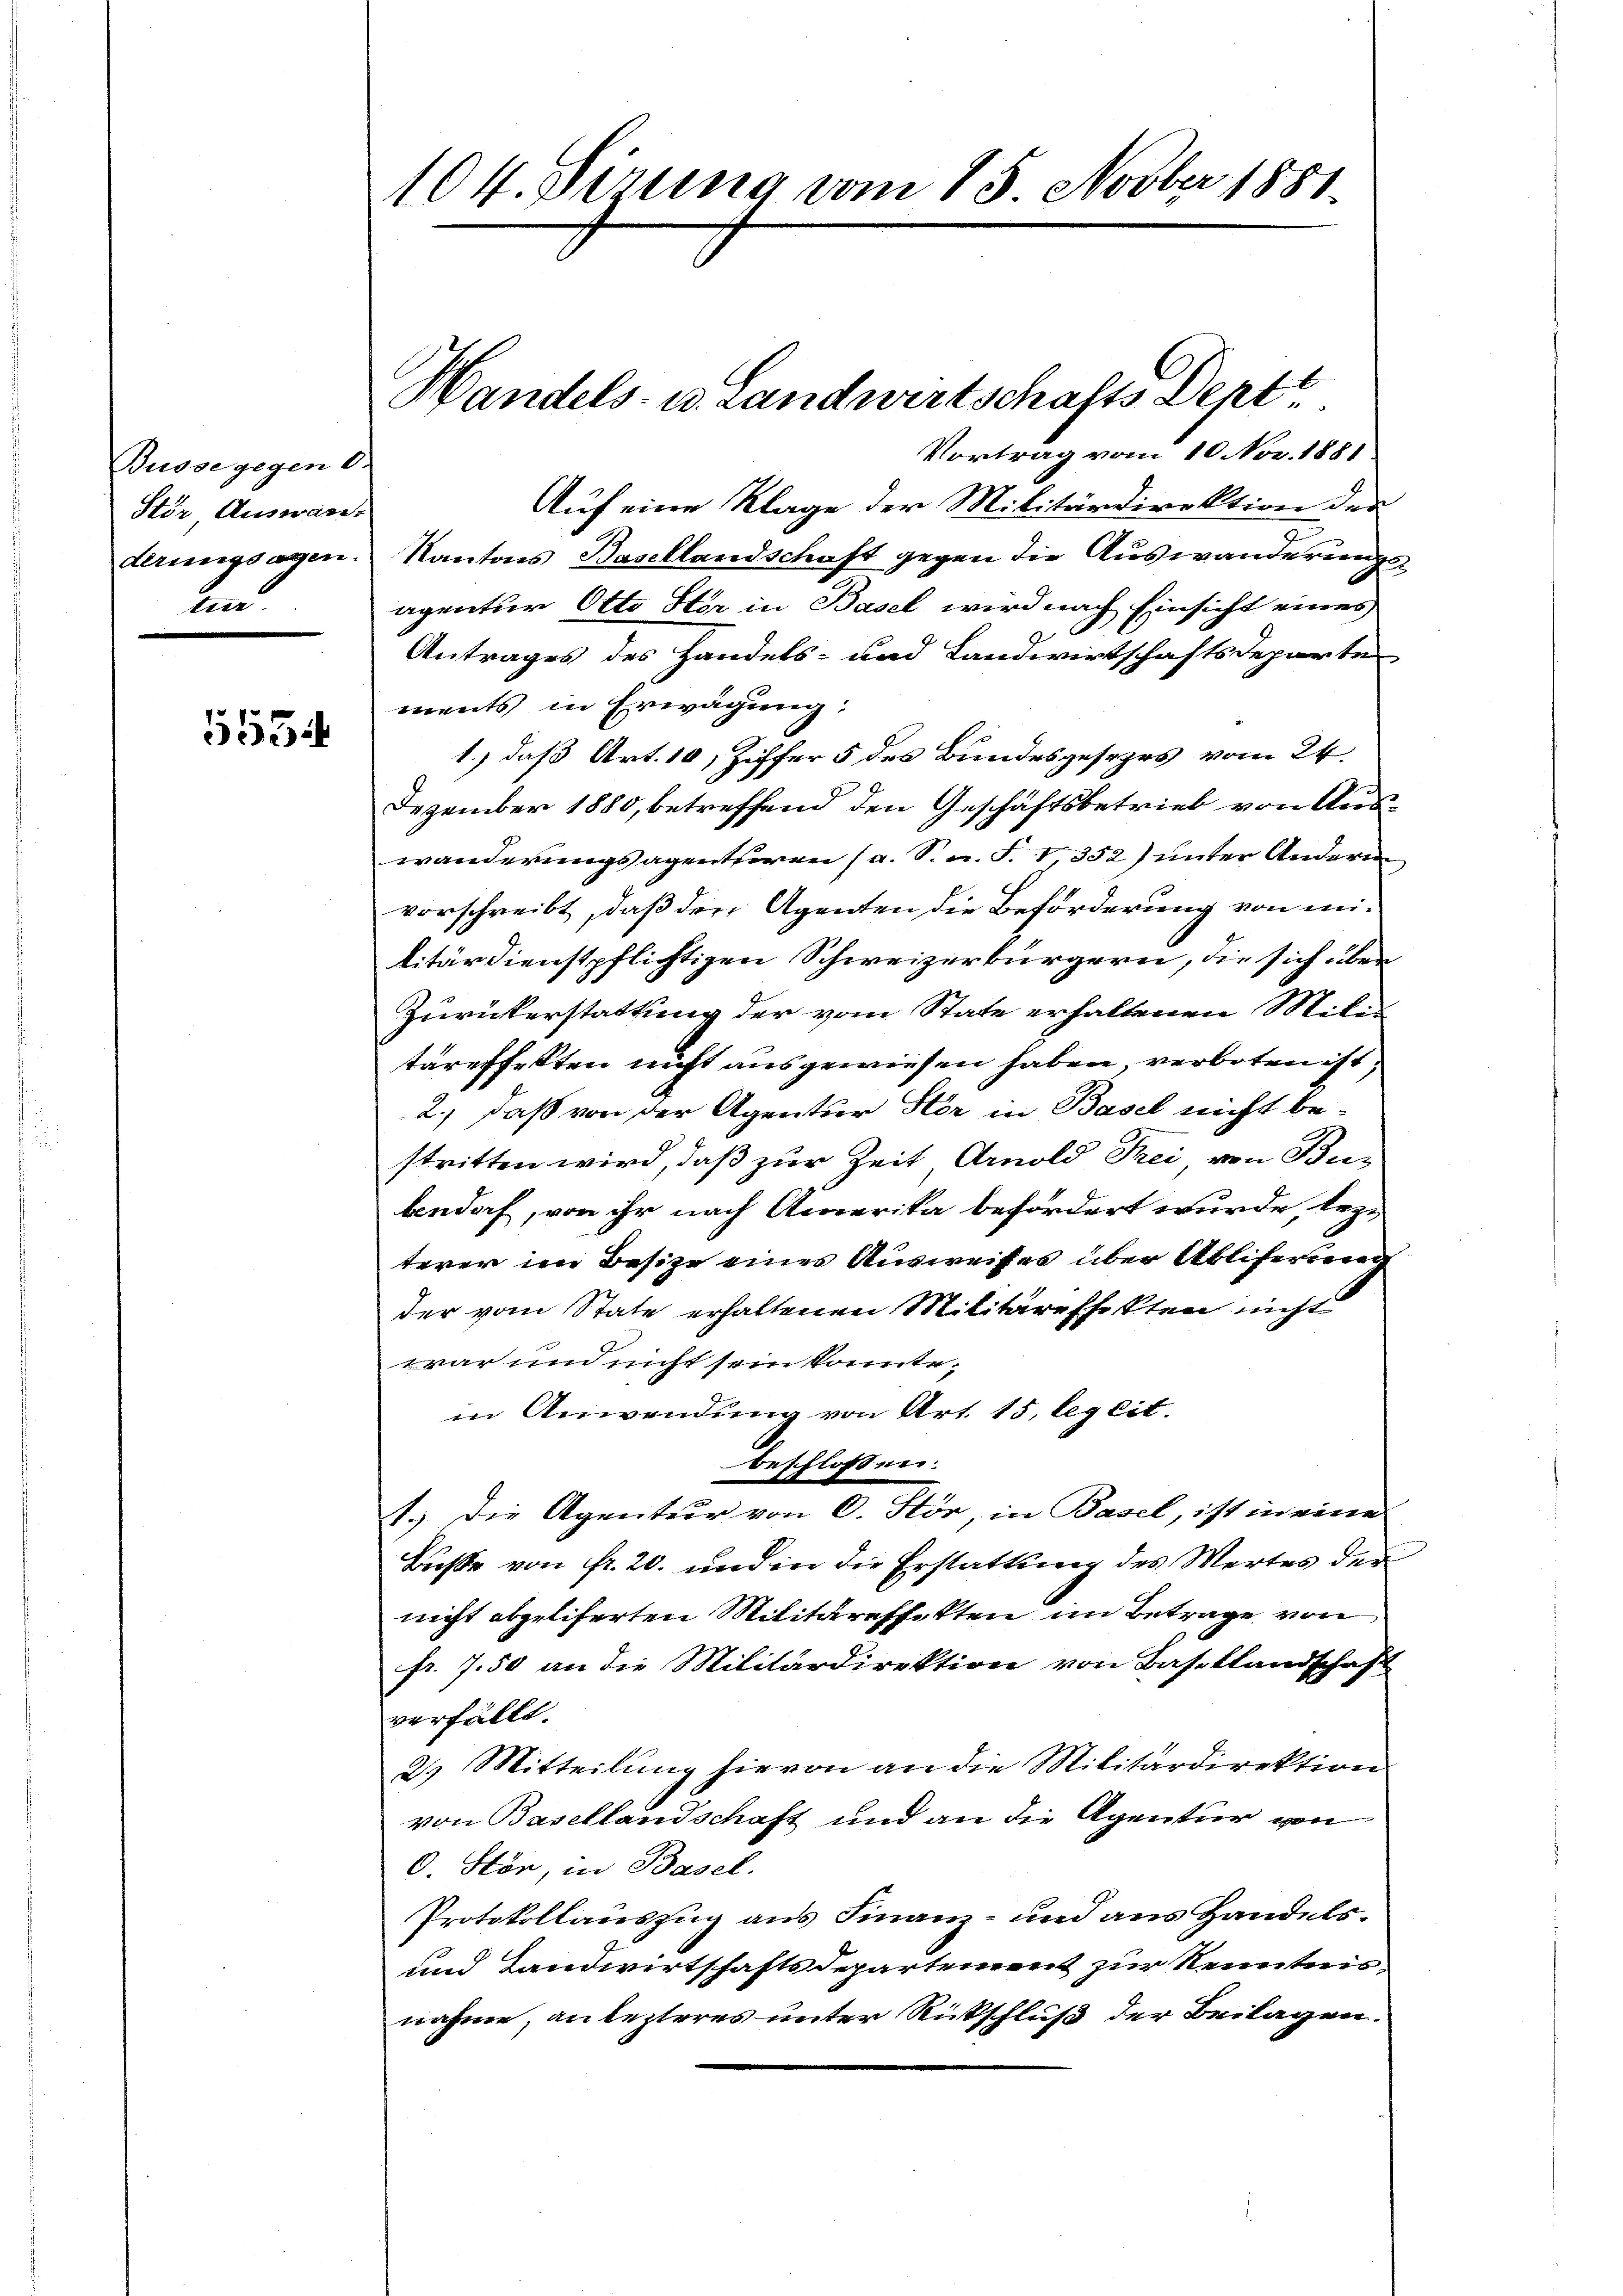
Busse gegen 6.
Stör, Auswäre.

5552

1104. Dirung vom 15. Novber 1881.

Vortrag vom 10. Nov. 1881.
Auf eine Klage der Militärdirektion der
terungsagen. Kantons Basellandschaft gegen die Auswanderungsagentser Otto Ster in Basel wird nach Einsicht eines
Antrages des Handels- und Landwirtschaftsdeparte
ments in Erwägung:
1.) daß Art. 10, Ziffer 5 des Bundesgesezes vom 24.
Dezember 1880, betreffend den Geschäftsbetrieb von Auswanderungsagenthien (a. Sn. S. 1352) unter Anderen
vorschreibt, daß den Agenten die Beförderung von militärdienstpflichtigen Schweizerbürgern, die sich über
Zurückerstattung der vom State erhaltenen Militareffekten nicht ausgewiesen haben, verboten ist,
2., daß von der Agentur Hor in Basel nicht bestritten wird, daß zur Zeit Arnold Frei, von Bubedoch, von ihr nach Amerika befördert wurde, lezterer im Besize eines Ausweises über Abliferiren
der vom State erhaltenen Militäreffekten nicht
war und nicht sein konnte,
in Anwendung von Art. 15, leg cit.
beschlossen.
1.) Die Agentur von C. Stör, in Basel, ist in eine
Buße von Fr. 20. und in die Erstattung des Wertes der
nicht abgeliferten Militäreffekten im Betrage von
fr. 7.50 an die Militärdirektion von Basellandschaft
verfällt.
2.) Mitteilung hievon an die Militärdirektion
von Basellandschaft und an die Agentur von
0. Stör, in Basel.
Protokollauszug aus Finanz- und aus Handels¬
und Landwirtschaftsdepartement zur Kenntnisnahme, an lezteres unter Rückschluß der Beilagen.

Handels- u. Landwirtschafts Dent